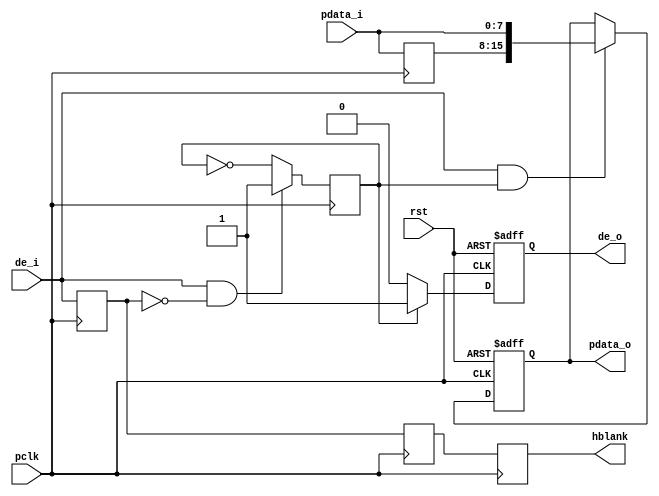
module cmos_8_16bit(
	input              rst,
	input              pclk,
	input [7:0]        pdata_i,
	input              de_i,
	output reg[15:0]   pdata_o,
	output reg	       hblank,
	output reg         de_o
);
reg[7:0] pdata_i_d0;
reg x_cnt;
always@(posedge pclk)
begin
	pdata_i_d0 <= pdata_i;
end

always@(posedge pclk)
begin
	if(de_i & !de_d1)
		x_cnt <= 1;
	else
		x_cnt <= ~x_cnt ;

end

always@(posedge pclk or posedge rst)
begin
	if(rst)
		de_o <= 1'b0;
	else if(x_cnt)
		de_o <= 1'b1;
	else
		de_o <= 1'b0;
end

reg de_d1,de_d2;
always@(posedge pclk)begin 
	de_d1 <= de_i;
	de_d2 <= de_d1;

 	hblank <= de_d2;
end 


always@(posedge pclk or posedge rst)
begin
	if(rst)
		pdata_o <= 16'd0;
	else if(de_i && x_cnt)
		pdata_o <= {pdata_i_d0,pdata_i};
	else
		pdata_o <= pdata_o;
end

endmodule